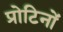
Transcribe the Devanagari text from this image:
प्रोटिनों